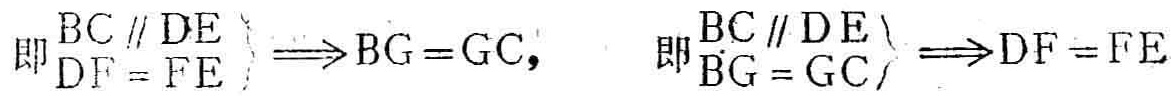
\[\left.\begin{align}

BC\parallel DE\\

DF = FE

\end{align}\right\}\Longrightarrow BG = GC,\quad

\left.\begin{align}

BC\parallel DE\\

BG = GC

\end{align}\right\}\Longrightarrow DF = FE\]